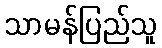
သာမန်ပြည်သူ